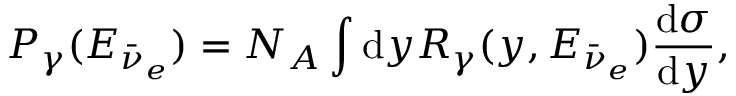
P _ { \gamma } ( E _ { \bar { \nu } _ { e } } ) = N _ { A } \int \mathrm { d } y R _ { \gamma } ( y , E _ { \bar { \nu } _ { e } } ) \frac { \mathrm { d } \sigma } { \mathrm { d } y } ,